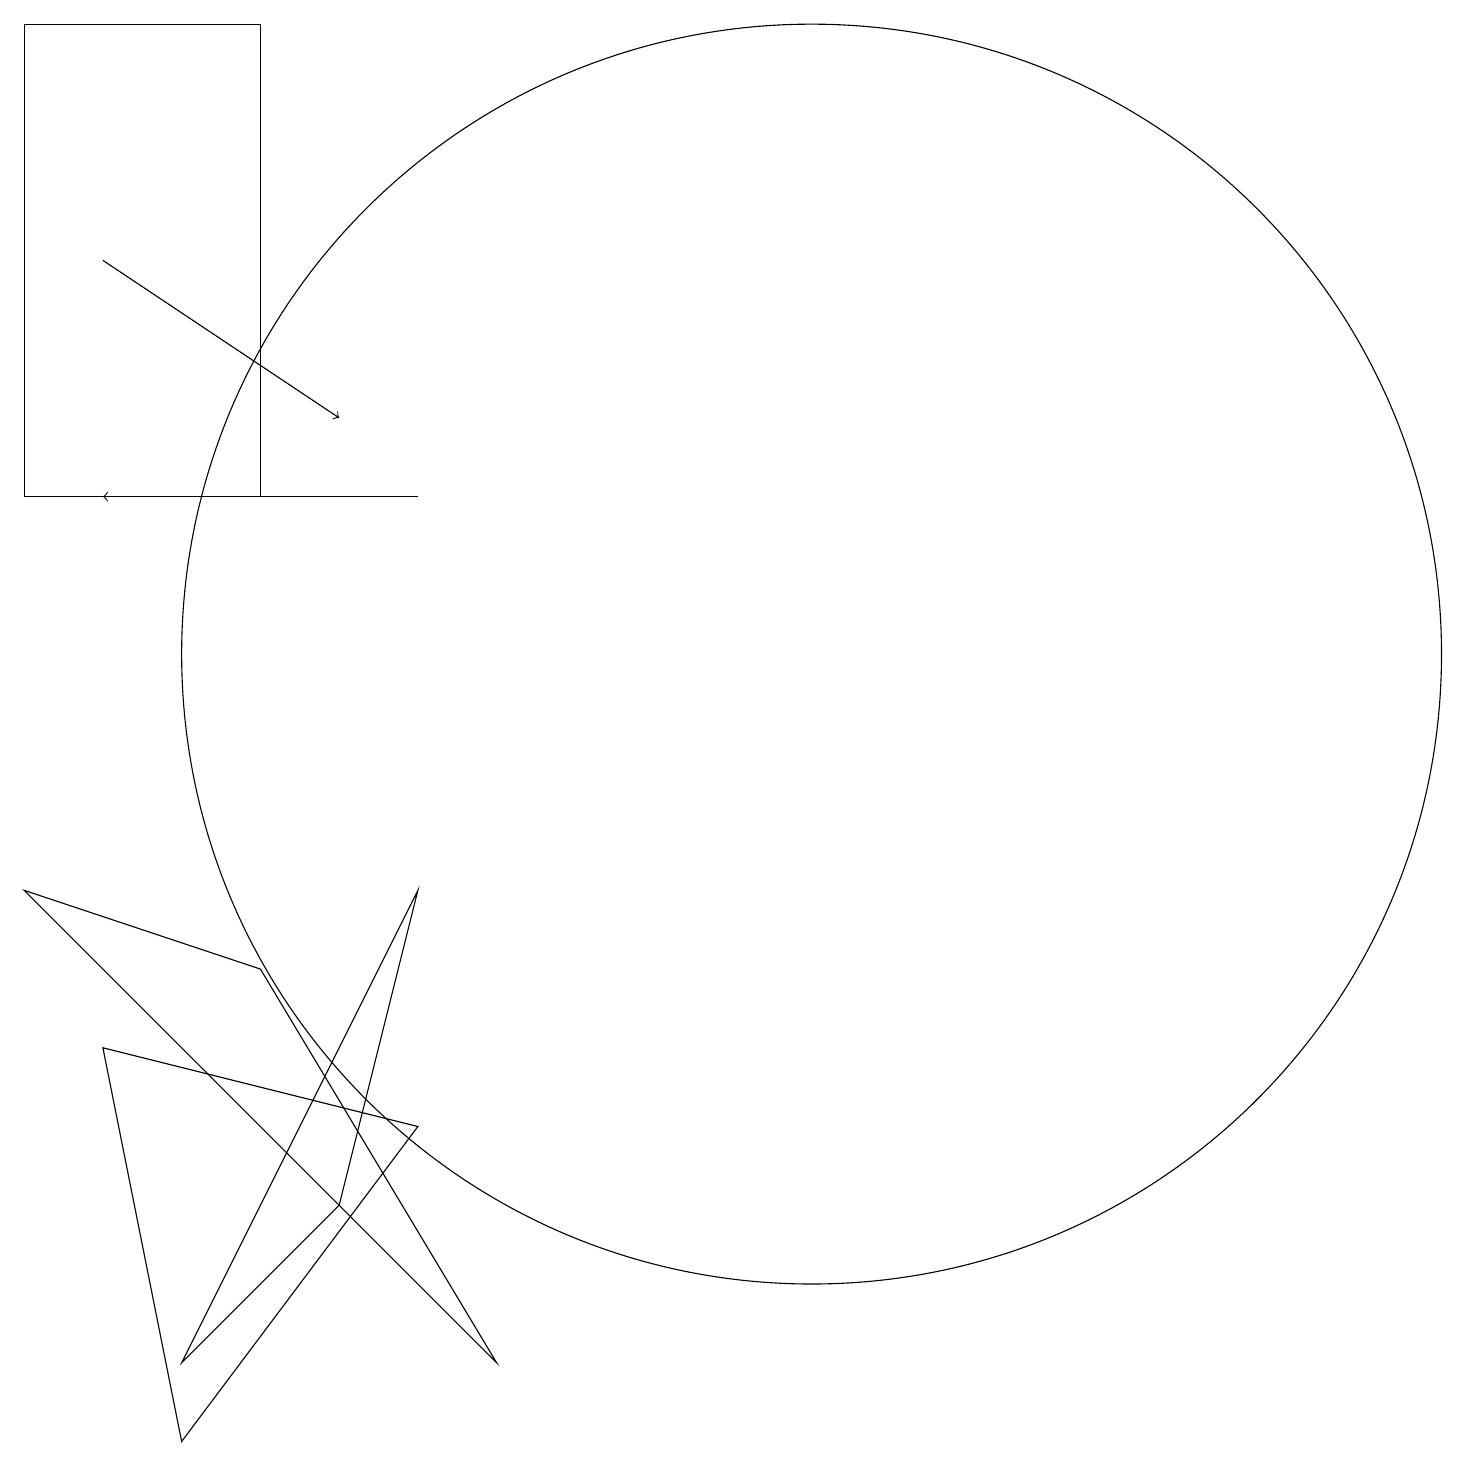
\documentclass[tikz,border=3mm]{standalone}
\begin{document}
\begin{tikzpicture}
\draw[->] (5,12) -- (1,12);
\draw (0,12) rectangle (3,18);
\draw (4,3) -- (2,1) -- (5,7) -- cycle;
\draw (2,0) -- (5,4) -- (1,5) -- cycle;
\draw (0,7) -- (3,6) -- (6,1) -- cycle;
\draw (10,10) circle (8);
\draw[->] (1,15) -- (4,13);
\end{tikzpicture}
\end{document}